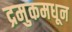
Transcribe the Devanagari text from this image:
द्रमुकमधून